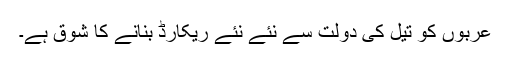
عربوں کو تیل کی دولت سے نئے نئے ریکارڈ بنانے کا شوق ہے۔